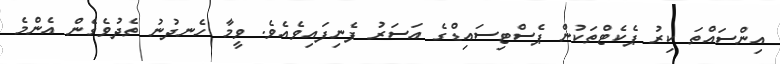
އިންސައްތަ ކިރު ޕެކެޓްތަކުން ޕެސްޓިސައިޑްގެ އަސަރު ފެނިފައިވެއެވެ. ވީމާ ހެނދުނު ތެދުވެގެން އެންމެ